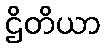
ဌိတိယာ